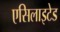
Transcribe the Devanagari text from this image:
एसिलाइटेड